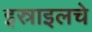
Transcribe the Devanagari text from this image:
इस्राइलचे